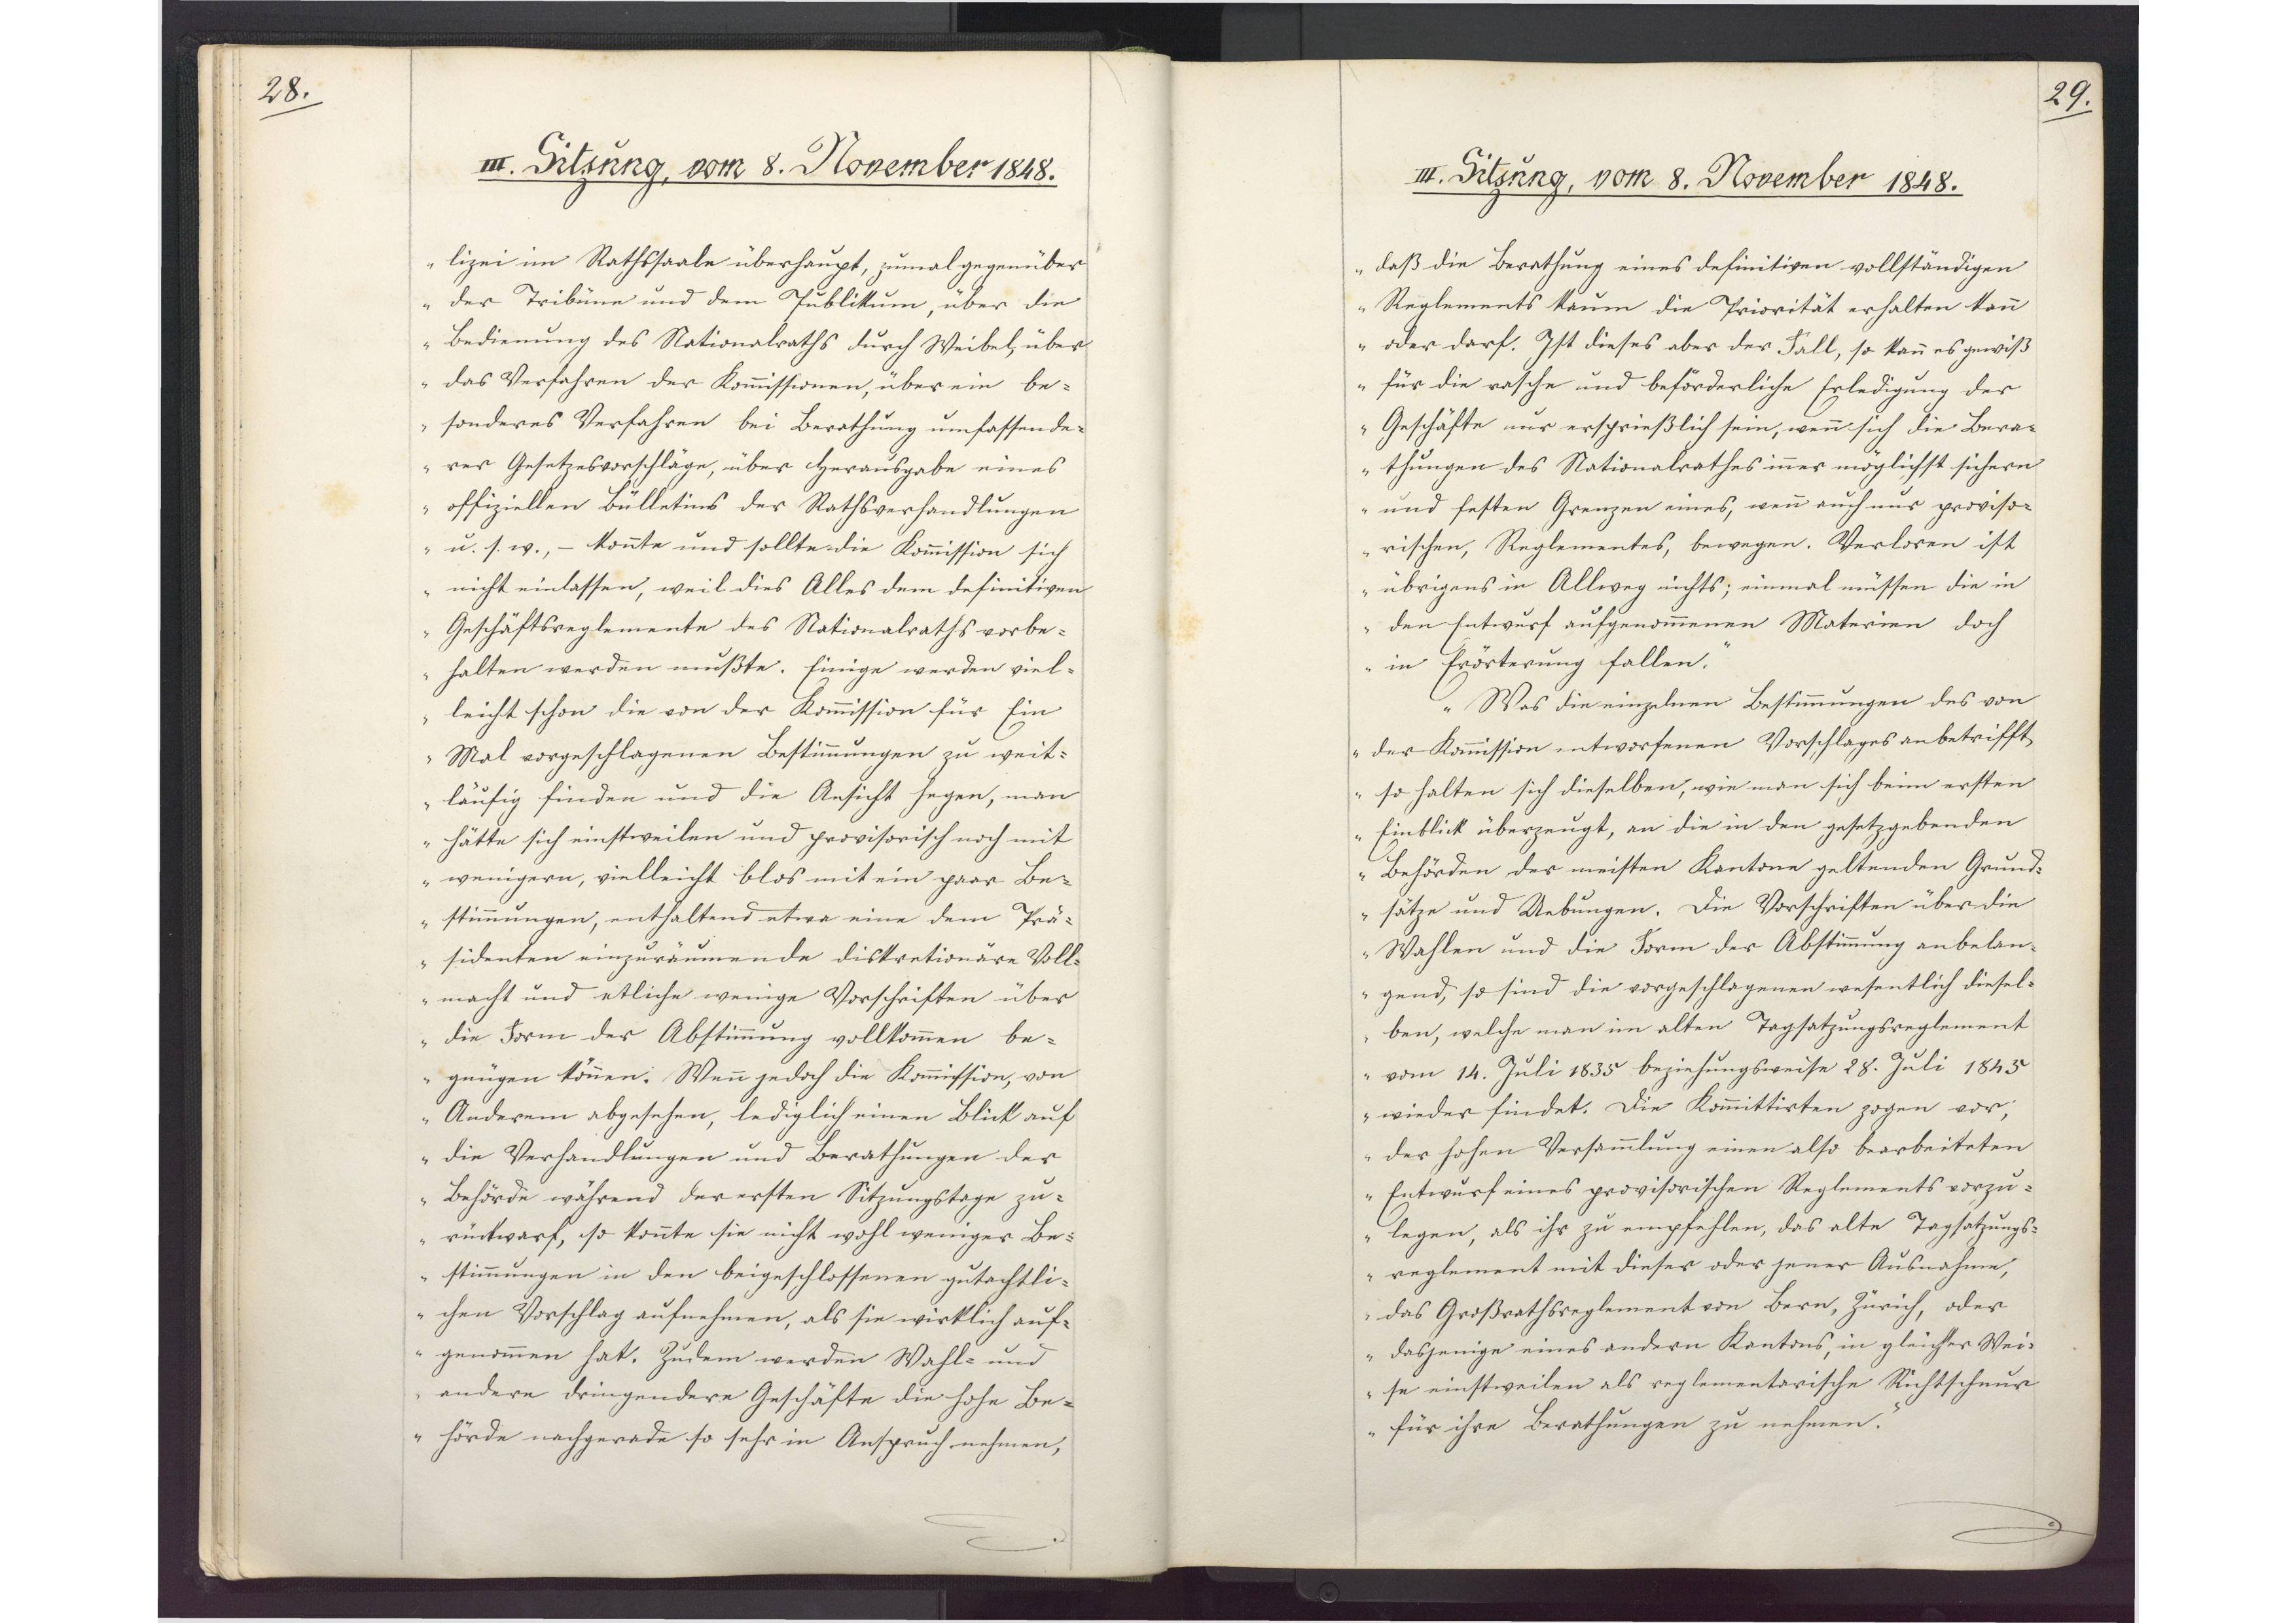
28.

III. Sitzung, vom 8. November 1848.

lizei im Rathssaale überhaupt, zumal gegenüber
der Tribüne und dem Publikum, über die
Bedienung des Nationalraths durch Weibel, über
das Verfahren der Kommissionen, über ein be¬
sonderes Verfahren bei Berathung umfassende¬
rer Gesetzesvorschläge, über Herausgabe eines
offiziellen Bülletins der Rathsverhandlungen
u. s. w., - konnte und sollte die Kommission sich
nicht einlassen, weil dies Alles dem definitiven
Geschäftsreglemente des Nationalraths vorbe¬
halten werden mußte. Einige werden viel¬
leicht schon die von der Kommission für Ein
Mal vorgeschlagenen Bestimmungen zu weit¬
läufig finden und die Ansicht hegen, man
hätte sich einstweilen und provisorisch noch mit
wenigern, vielleicht blos mit ein paar Be¬
stimmungen enthaltend etwa eine dem Prä¬
sidenten einzuräumende diskretionäre Voll¬
macht und etliche wenige Vorschriften über
die Form der Abstimmung vollkommen be¬
gnügen können. Wenn jedoch die Kommission, von
Anderem abgesehen, lediglich einen Blick auf
die Verhandlungen und Berathungen der
Behörde während der ersten Sitzungstage zu¬
rückwarf, so konnte sie nicht wohl weniger Be¬
stimmungen in den beigeschlossenen gutachtli¬
chen Vorschlag aufnehmen, als sie wirklich auf¬
genommen hat. Zudem werden Wahl- und
andere dringendere Geschäfte die hohe Be¬
hörde nachgerade so sehr in Anspruch nehmen,

29.

III. Sitzung, vom 8. November 1848.

daß die Berathung eines definitiven vollständigen
Reglements kaum die Priorität erhalten kann
oder darf. Ist dieses aber der Fall, so kann es gewiß
für die rasche und beförderliche Erledigung der
Geschäfte nur ersprießlich sein, wenn sich die Bera¬
thungen des Nationalrathes inner möglichst sichern
und festen Grenzen eines, wenn auch nur proviso¬
rischen, Reglementes, bewegen. Verloren ist
übrigens in Allweg nichts; einmal müssen die in
den Entwurf aufgenommenen Materien doch
in Erörterung fallen.
Was die einzelnen Bestimmungen des von
der Kommission entworfenen Vorschlages anbetrifft,
so halten sich dieselben, wie man sich beim ersten
Einblick überzeugt, an die in den gesetzgebenden
Behörden der meisten Kantone geltenden Grund¬
sätze und Uebungen. Die Vorschriften über die
Wahlen und die Form der Abstimmung anbelan¬
gend, so sind die vorgeschlagenen wesentlich diesel¬
ben, welche man im alten Tagsatzungsreglement
vom 14. Juli 1835 beziehungsweise 28. Juli 1845
wieder findet. Die Kommittirten zogen vor,
der hohen Versammlung einen also bearbeiteten
Entwurf eines provisorischen Reglements vorzu¬
legen, als ihr zu empfehlen, das alte Tagsatzungs¬
reglement mit dieser oder jener Ausnahme,
das Großrathsreglement von Bern, Zürich, oder
dasjenige eines andern Kantons, in gleicher Wei¬
se einstweilen als reglementarische Richtschnur
für ihre Berathungen zu nehmen.